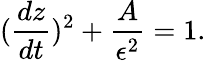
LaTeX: ({\frac{dz}{dt}})^{2}+{\frac{A}{\epsilon^{2}}}=1.